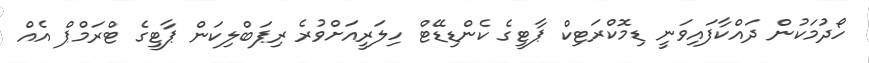
ހޯދުމަކުން ދައްކާފައިވަނީ ޑިމޮކްރަޓިކް ޕާޓީގެ ކެންޑިޑޭޓް ހިލަރީއަށްވުރެ ރިޕަބްލިކަން ޕާޓީގެ ޓްރަމްޕް އެއް